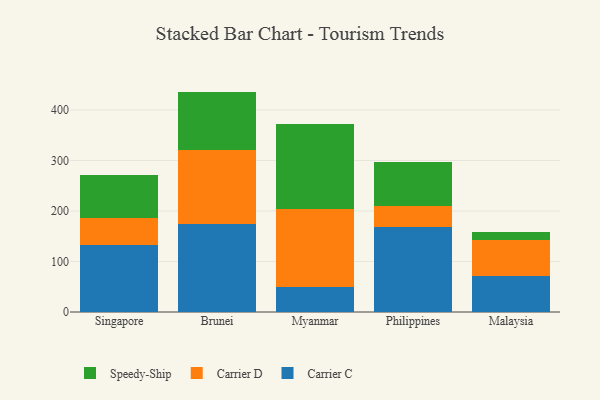
{"axis": {"x": "Country", "y": "Energy Usage (MWh)"}, "legend": ["Carrier C", "Carrier D", "Speedy-Ship"], "data": [{"x": "Singapore", "y": 132.2, "type": "Carrier C"}, {"x": "Singapore", "y": 53.3, "type": "Carrier D"}, {"x": "Singapore", "y": 86.3, "type": "Speedy-Ship"}, {"x": "Brunei", "y": 174.0, "type": "Carrier C"}, {"x": "Brunei", "y": 147.6, "type": "Carrier D"}, {"x": "Brunei", "y": 114.8, "type": "Speedy-Ship"}, {"x": "Myanmar", "y": 48.6, "type": "Carrier C"}, {"x": "Myanmar", "y": 155.0, "type": "Carrier D"}, {"x": "Myanmar", "y": 169.3, "type": "Speedy-Ship"}, {"x": "Philippines", "y": 168.4, "type": "Carrier C"}, {"x": "Philippines", "y": 40.8, "type": "Carrier D"}, {"x": "Philippines", "y": 87.3, "type": "Speedy-Ship"}, {"x": "Malaysia", "y": 72.2, "type": "Carrier C"}, {"x": "Malaysia", "y": 70.2, "type": "Carrier D"}, {"x": "Malaysia", "y": 16.5, "type": "Speedy-Ship"}]}